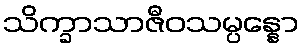
သိက္ခာသာဇီဝသမ္ပန္နော